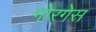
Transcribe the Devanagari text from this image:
गोरगेस